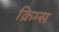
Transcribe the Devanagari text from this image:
क्रिम्स